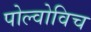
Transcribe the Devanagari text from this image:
पोल्वोविच